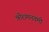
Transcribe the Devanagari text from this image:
श्रीरामनवमी